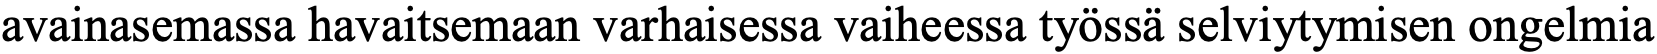
avainasemassa havaitsemaan varhaisessa vaiheessa työssä selviytymisen ongelmia